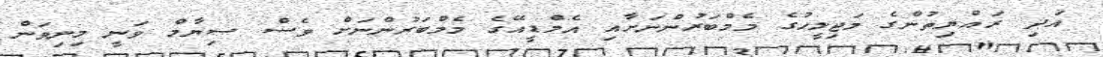
އަދި ރައްޔިތުންގެ މަޖިލީހުގެ މެމްބަރުންނަށާއި އެމްޑީއޭގެ މެމްބަރުންނަށް ވެސް ސިޔާމް ވަނީ މިނިވަން